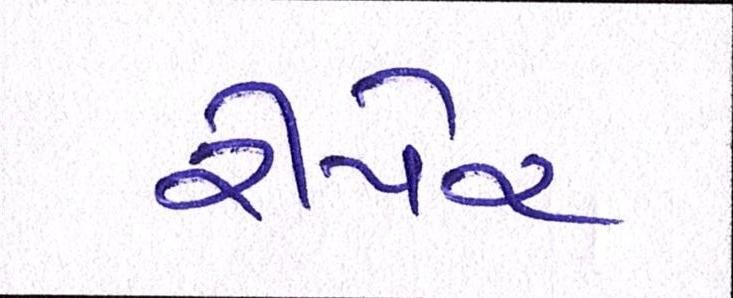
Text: રીપેર